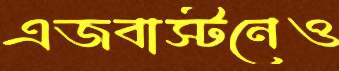
এজবাস্টনেও